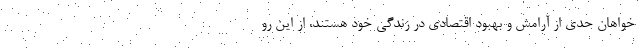
خواهان حدی از آرامش و بهبود اقتصادی در زندگی خود هستند، از این رو